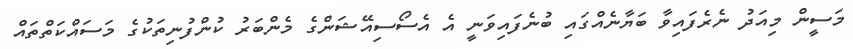
މަސީން މިއަދު ނެރެފައިވާ ބަޔާނެއްގައި ބުނެފައިވަނީ އެ އެސޯސިއޭޝަންގެ މެންބަރު ކުންފުނިތަކުގެ މަސައްކަތްތައް